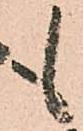
も